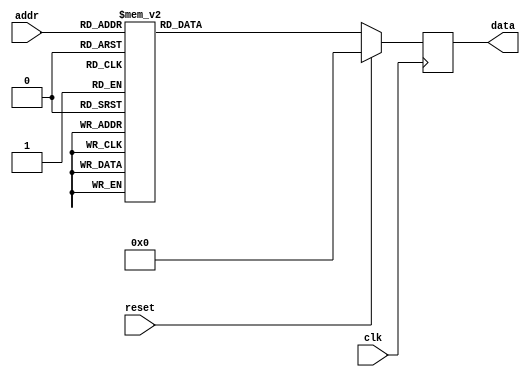
/*
cROM.v 
Copyright 2007 Philip A Covington, N8VB 

This file was generated by generate.py
*/

module cROM(clk, addr, data, reset);

	input clk;
	input [7:0] addr;
	input reset;
	output signed [23:0] data;

	reg [23:0] data;

	always @(posedge clk) begin
		if (reset)
			data <= 0;
		else begin
			case(addr)
				8'd0: data <= 24'shFFFFA0;
				8'd1: data <= 24'shFFFE8E;
				8'd2: data <= 24'shFFFD67;
				8'd3: data <= 24'shFFFE01;
				8'd4: data <= 24'sh000191;
				8'd5: data <= 24'sh000626;
				8'd6: data <= 24'sh000772;
				8'd7: data <= 24'sh0003A8;
				8'd8: data <= 24'shFFFEBF;
				8'd9: data <= 24'shFFFE6B;
				8'd10: data <= 24'sh00028B;
				8'd11: data <= 24'sh0004A5;
				8'd12: data <= 24'sh0000D2;
				8'd13: data <= 24'shFFFC21;
				8'd14: data <= 24'shFFFDD4;
				8'd15: data <= 24'sh0003F0;
				8'd16: data <= 24'sh0004EF;
				8'd17: data <= 24'shFFFE2D;
				8'd18: data <= 24'shFFF989;
				8'd19: data <= 24'shFFFF17;
				8'd20: data <= 24'sh000743;
				8'd21: data <= 24'sh0004BF;
				8'd22: data <= 24'shFFF9E5;
				8'd23: data <= 24'shFFF786;
				8'd24: data <= 24'sh00030D;
				8'd25: data <= 24'sh000B62;
				8'd26: data <= 24'sh0001F2;
				8'd27: data <= 24'shFFF3BB;
				8'd28: data <= 24'shFFF7EB;
				8'd29: data <= 24'sh000A5F;
				8'd30: data <= 24'sh000E3C;
				8'd31: data <= 24'shFFFABD;
				8'd32: data <= 24'shFFED2B;
				8'd33: data <= 24'shFFFD46;
				8'd34: data <= 24'sh001452;
				8'd35: data <= 24'sh000C84;
				8'd36: data <= 24'shFFEE8E;
				8'd37: data <= 24'shFFE9B9;
				8'd38: data <= 24'sh0009AB;
				8'd39: data <= 24'sh001DBB;
				8'd40: data <= 24'sh00028C;
				8'd41: data <= 24'shFFDF79;
				8'd42: data <= 24'shFFEE6B;
				8'd43: data <= 24'sh001CD2;
				8'd44: data <= 24'sh0020CA;
				8'd45: data <= 24'shFFEE3C;
				8'd46: data <= 24'shFFD32D;
				8'd47: data <= 24'shFFFFF5;
				8'd48: data <= 24'sh003245;
				8'd49: data <= 24'sh001660;
				8'd50: data <= 24'shFFD1AA;
				8'd51: data <= 24'shFFD280;
				8'd52: data <= 24'sh001FA5;
				8'd53: data <= 24'sh0040AD;
				8'd54: data <= 24'shFFF930;
				8'd55: data <= 24'shFFB50D;
				8'd56: data <= 24'shFFE6BB;
				8'd57: data <= 24'sh004829;
				8'd58: data <= 24'sh003B89;
				8'd59: data <= 24'shFFC9FF;
				8'd60: data <= 24'shFFA695;
				8'd61: data <= 24'sh0014DC;
				8'd62: data <= 24'sh006BDD;
				8'd63: data <= 24'sh0017BA;
				8'd64: data <= 24'shFF9349;
				8'd65: data <= 24'shFFB6D8;
				8'd66: data <= 24'sh005826;
				8'd67: data <= 24'sh00768A;
				8'd68: data <= 24'shFFD21F;
				8'd69: data <= 24'shFF69F9;
				8'd70: data <= 24'shFFF1E3;
				8'd71: data <= 24'sh009E9E;
				8'd72: data <= 24'sh00538A;
				8'd73: data <= 24'shFF75E6;
				8'd74: data <= 24'shFF694C;
				8'd75: data <= 24'sh0056C5;
				8'd76: data <= 24'sh00CA19;
				8'd77: data <= 24'shFFF767;
				8'd78: data <= 24'shFF1F3D;
				8'd79: data <= 24'shFFA97D;
				8'd80: data <= 24'sh00D0D6;
				8'd81: data <= 24'sh00B794;
				8'd82: data <= 24'shFF69FE;
				8'd83: data <= 24'shFEF78A;
				8'd84: data <= 24'sh003352;
				8'd85: data <= 24'sh0136C1;
				8'd86: data <= 24'sh004C1D;
				8'd87: data <= 24'shFECCDA;
				8'd88: data <= 24'shFF2A3E;
				8'd89: data <= 24'sh00F4CF;
				8'd90: data <= 24'sh0151BD;
				8'd91: data <= 24'shFF83D8;
				8'd92: data <= 24'shFE59BB;
				8'd93: data <= 24'shFFD45F;
				8'd94: data <= 24'sh01BBED;
				8'd95: data <= 24'sh00ECA6;
				8'd96: data <= 24'shFE7DC4;
				8'd97: data <= 24'shFE57C0;
				8'd98: data <= 24'sh00F3C5;
				8'd99: data <= 24'sh023AC4;
				8'd100: data <= 24'shFFE6EB;
				8'd101: data <= 24'shFD7F66;
				8'd102: data <= 24'shFF09CE;
				8'd103: data <= 24'sh025C25;
				8'd104: data <= 24'sh021460;
				8'd105: data <= 24'shFE446F;
				8'd106: data <= 24'shFCEEFF;
				8'd107: data <= 24'sh009DC1;
				8'd108: data <= 24'sh03B5FD;
				8'd109: data <= 24'sh00EA73;
				8'd110: data <= 24'shFC3219;
				8'd111: data <= 24'shFD4B14;
				8'd112: data <= 24'sh032A8A;
				8'd113: data <= 24'sh0484FC;
				8'd114: data <= 24'shFE558D;
				8'd115: data <= 24'shF9F501;
				8'd116: data <= 24'shFF3C21;
				8'd117: data <= 24'sh06E434;
				8'd118: data <= 24'sh042271;
				8'd119: data <= 24'shF96DD0;
				8'd120: data <= 24'shF796AE;
				8'd121: data <= 24'sh04561A;
				8'd122: data <= 24'sh0D9048;
				8'd123: data <= 24'sh015BFC;
				8'd124: data <= 24'shEC8390;
				8'd125: data <= 24'shF09DC6;
				8'd126: data <= 24'sh17C6D6;
				8'd127: data <= 24'sh403E65;
				8'd128: data <= 24'sh403E65;
				8'd129: data <= 24'sh17C6D6;
				8'd130: data <= 24'shF09DC6;
				8'd131: data <= 24'shEC8390;
				8'd132: data <= 24'sh015BFC;
				8'd133: data <= 24'sh0D9048;
				8'd134: data <= 24'sh04561A;
				8'd135: data <= 24'shF796AE;
				8'd136: data <= 24'shF96DD0;
				8'd137: data <= 24'sh042271;
				8'd138: data <= 24'sh06E434;
				8'd139: data <= 24'shFF3C21;
				8'd140: data <= 24'shF9F501;
				8'd141: data <= 24'shFE558D;
				8'd142: data <= 24'sh0484FC;
				8'd143: data <= 24'sh032A8A;
				8'd144: data <= 24'shFD4B14;
				8'd145: data <= 24'shFC3219;
				8'd146: data <= 24'sh00EA73;
				8'd147: data <= 24'sh03B5FD;
				8'd148: data <= 24'sh009DC1;
				8'd149: data <= 24'shFCEEFF;
				8'd150: data <= 24'shFE446F;
				8'd151: data <= 24'sh021460;
				8'd152: data <= 24'sh025C25;
				8'd153: data <= 24'shFF09CE;
				8'd154: data <= 24'shFD7F66;
				8'd155: data <= 24'shFFE6EB;
				8'd156: data <= 24'sh023AC4;
				8'd157: data <= 24'sh00F3C5;
				8'd158: data <= 24'shFE57C0;
				8'd159: data <= 24'shFE7DC4;
				8'd160: data <= 24'sh00ECA6;
				8'd161: data <= 24'sh01BBED;
				8'd162: data <= 24'shFFD45F;
				8'd163: data <= 24'shFE59BB;
				8'd164: data <= 24'shFF83D8;
				8'd165: data <= 24'sh0151BD;
				8'd166: data <= 24'sh00F4CF;
				8'd167: data <= 24'shFF2A3E;
				8'd168: data <= 24'shFECCDA;
				8'd169: data <= 24'sh004C1D;
				8'd170: data <= 24'sh0136C1;
				8'd171: data <= 24'sh003352;
				8'd172: data <= 24'shFEF78A;
				8'd173: data <= 24'shFF69FE;
				8'd174: data <= 24'sh00B794;
				8'd175: data <= 24'sh00D0D6;
				8'd176: data <= 24'shFFA97D;
				8'd177: data <= 24'shFF1F3D;
				8'd178: data <= 24'shFFF767;
				8'd179: data <= 24'sh00CA19;
				8'd180: data <= 24'sh0056C5;
				8'd181: data <= 24'shFF694C;
				8'd182: data <= 24'shFF75E6;
				8'd183: data <= 24'sh00538A;
				8'd184: data <= 24'sh009E9E;
				8'd185: data <= 24'shFFF1E3;
				8'd186: data <= 24'shFF69F9;
				8'd187: data <= 24'shFFD21F;
				8'd188: data <= 24'sh00768A;
				8'd189: data <= 24'sh005826;
				8'd190: data <= 24'shFFB6D8;
				8'd191: data <= 24'shFF9349;
				8'd192: data <= 24'sh0017BA;
				8'd193: data <= 24'sh006BDD;
				8'd194: data <= 24'sh0014DC;
				8'd195: data <= 24'shFFA695;
				8'd196: data <= 24'shFFC9FF;
				8'd197: data <= 24'sh003B89;
				8'd198: data <= 24'sh004829;
				8'd199: data <= 24'shFFE6BB;
				8'd200: data <= 24'shFFB50D;
				8'd201: data <= 24'shFFF930;
				8'd202: data <= 24'sh0040AD;
				8'd203: data <= 24'sh001FA5;
				8'd204: data <= 24'shFFD280;
				8'd205: data <= 24'shFFD1AA;
				8'd206: data <= 24'sh001660;
				8'd207: data <= 24'sh003245;
				8'd208: data <= 24'shFFFFF5;
				8'd209: data <= 24'shFFD32D;
				8'd210: data <= 24'shFFEE3C;
				8'd211: data <= 24'sh0020CA;
				8'd212: data <= 24'sh001CD2;
				8'd213: data <= 24'shFFEE6B;
				8'd214: data <= 24'shFFDF79;
				8'd215: data <= 24'sh00028C;
				8'd216: data <= 24'sh001DBB;
				8'd217: data <= 24'sh0009AB;
				8'd218: data <= 24'shFFE9B9;
				8'd219: data <= 24'shFFEE8E;
				8'd220: data <= 24'sh000C84;
				8'd221: data <= 24'sh001452;
				8'd222: data <= 24'shFFFD46;
				8'd223: data <= 24'shFFED2B;
				8'd224: data <= 24'shFFFABD;
				8'd225: data <= 24'sh000E3C;
				8'd226: data <= 24'sh000A5F;
				8'd227: data <= 24'shFFF7EB;
				8'd228: data <= 24'shFFF3BB;
				8'd229: data <= 24'sh0001F2;
				8'd230: data <= 24'sh000B62;
				8'd231: data <= 24'sh00030D;
				8'd232: data <= 24'shFFF786;
				8'd233: data <= 24'shFFF9E5;
				8'd234: data <= 24'sh0004BF;
				8'd235: data <= 24'sh000743;
				8'd236: data <= 24'shFFFF17;
				8'd237: data <= 24'shFFF989;
				8'd238: data <= 24'shFFFE2D;
				8'd239: data <= 24'sh0004EF;
				8'd240: data <= 24'sh0003F0;
				8'd241: data <= 24'shFFFDD4;
				8'd242: data <= 24'shFFFC21;
				8'd243: data <= 24'sh0000D2;
				8'd244: data <= 24'sh0004A5;
				8'd245: data <= 24'sh00028B;
				8'd246: data <= 24'shFFFE6B;
				8'd247: data <= 24'shFFFEBF;
				8'd248: data <= 24'sh0003A8;
				8'd249: data <= 24'sh000772;
				8'd250: data <= 24'sh000626;
				8'd251: data <= 24'sh000191;
				8'd252: data <= 24'shFFFE01;
				8'd253: data <= 24'shFFFD67;
				8'd254: data <= 24'shFFFE8E;
				8'd255: data <= 24'shFFFFA0;
				default: data <= 24'sh0;
			endcase
		end
	end

endmodule